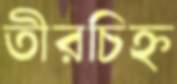
তীরচিহ্ন